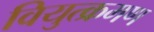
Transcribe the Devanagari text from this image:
वियुत्क्रमण